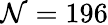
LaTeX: \mathcal{N}=196